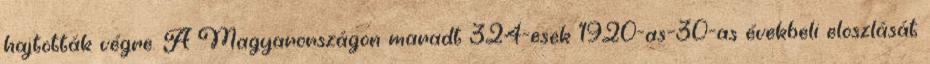
hajtották végre. A Magyarországon maradt 324-esek 1920-as–30-as évekbeli eloszlását